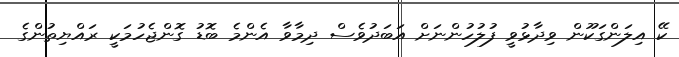
ކޭ އިލަންގަކޫން ވިދާޅުވީ ފުލުހުންނަށް އަބަދުވެސް ދިމާވާ އެންމެ ބޮޑު ގޮންޖެހުމަކީ ރައްޔިތުންގެ